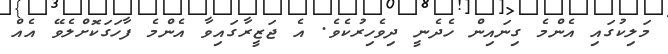
މަލިކުގައި އެންމެ ގިނައިން ހެދެނީ ދިވެހިރުކެވެ. އެ ޖަޒީރާގައިވާ އެންމެ ފާހަގަކޮށްލެވޭ އެއް